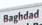
baghdad